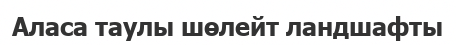
Аласа таулы шөлейт ландшафты